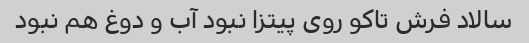
سالاد فرش تاکو روی پیتزا نبود آب و دوغ هم نبود